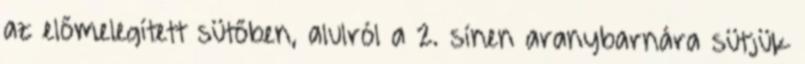
az előmelegített sütőben, alulról a 2. sínen aranybarnára sütjük